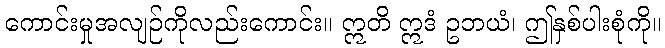
ကောင်းမှုအလျဉ်ကိုလည်းကောင်း။ ဣတိ ဣဒံ ဥဘယံ၊ ဤနှစ်ပါးစုံကို။